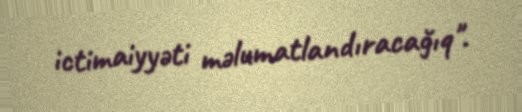
ictimaiyyəti məlumatlandıracağıq".